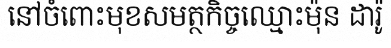
នៅចំពោះមុខសមត្ថកិច្ចឈ្មោះម៉ុន ដារ៉ូ